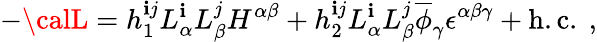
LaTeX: -{\calL}=h_{1}^{\mathbf{i}j}L_{\alpha}^{\mathbf{i}}L_{\beta}^{j}H^{\alpha\beta}+h_{2}^{\mathbf{i}j}L_{\alpha}^{\mathbf{i}}L_{\beta}^{j}\overline{{{{\phi}}}}_{\gamma}\epsilon^{\alpha\beta\gamma}+\mathrm{{h.c.\ ,}}